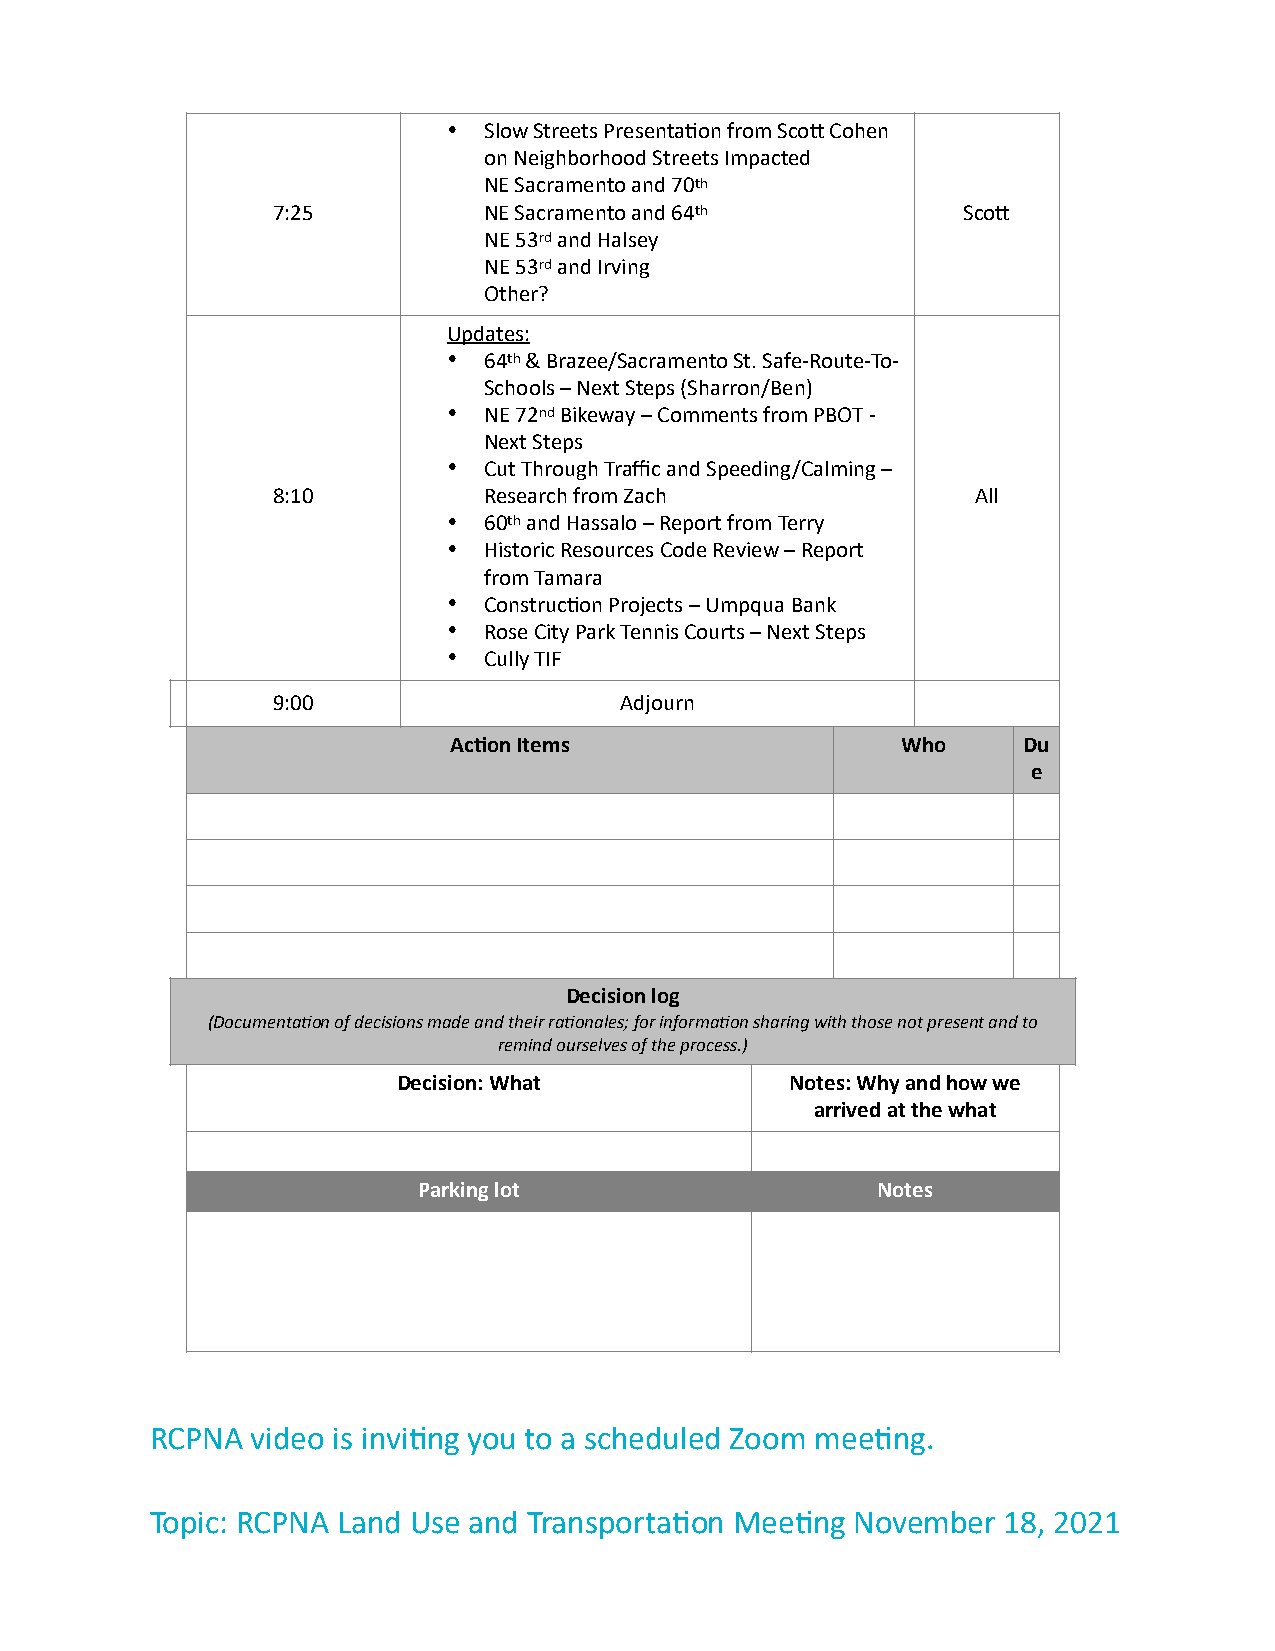
• Slow Streets Presenta9on from Sco< Cohen
 on Neighborhood Streets Impacted
 NE Sacramento and 70th
 7:25          NE Sacramento and 64th          Sco<
 NE 53rd and Halsey
 NE 53rd and Irving
 Other?
 Updates:
 • 64th & Brazee/Sacramento St. Safe-Route-To-
 Schools – Next Steps (Sharron/Ben)
 • NE 72nd Bikeway – Comments from PBOT -
 Next Steps
 • Cut Through Traffic and Speeding/Calming –
 8:10          Research from Zach               All
 • 60th and Hassalo – Report from Terry
 • Historic Resources Code Review – Report
 from Tamara
 • Construc9on Projects – Umpqua Bank
 • Rose City Park Tennis Courts – Next Steps
 • Cully TIF
 9:00                   Adjourn
 Ac#on Items                   Who     Du
 e
 Decision log
 (Documenta1on of decisions made and their ra1onales; for informa1on sharing with those not present and to
 remind ourselves of the process.)
 Decision: What            Notes: Why and how we
 arrived at the what
 Parking lot                   Notes
 RCPNA  video is invi9ng you to a scheduled Zoom mee9ng.
 Topic: RCPNA Land Use and Transporta9on Mee9ng November 18, 2021